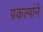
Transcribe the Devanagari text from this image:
प्रकल्पांने